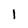
Character: 1